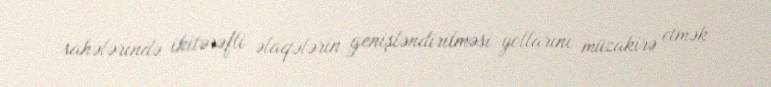
sahələrində ikitərəfli əlaqələrin genişləndirilməsi yollarını müzakirə etmək